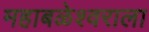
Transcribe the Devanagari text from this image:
महाबळेश्वराला